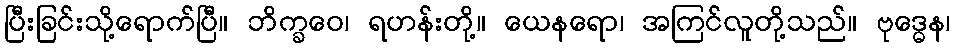
ပြီးခြင်းသို့ရောက်ပြီ။ ဘိက္ခဝေ၊ ရဟန်းတို့။ ယေနရော၊ အကြင်လူတို့သည်။ ဗုဒ္ဓေန၊